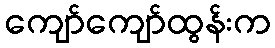
ကျော်ကျော်ထွန်းက